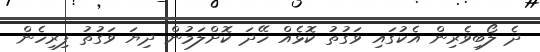
ދެ ލޯބިވެރިން އެކުގައި ވަގުތު ކޮޅެއް ހޭދަ ކޮށްލަމުން ދިޔަ ވަގުތު ފިރިހެން